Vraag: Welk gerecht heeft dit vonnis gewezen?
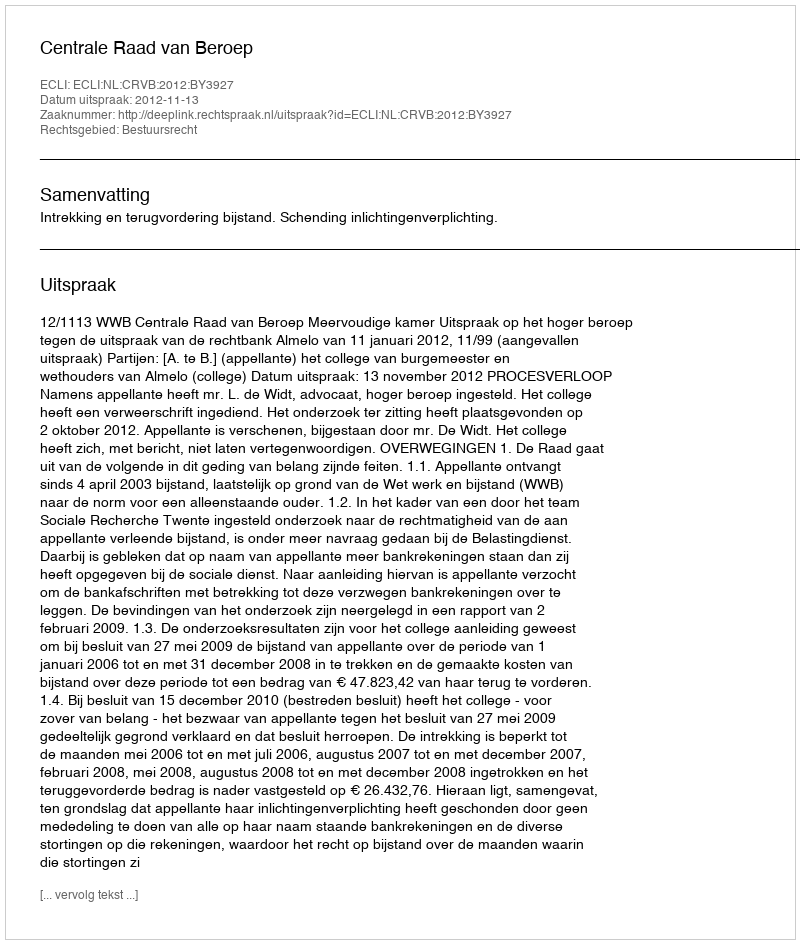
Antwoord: Centrale Raad van Beroep